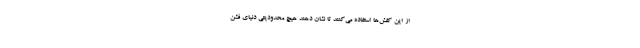
از این کفش‌ها استفاده می‌کنند تا نشان دهند هیچ محدودیتی دنیای فشن